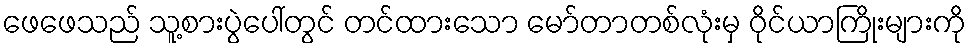
ဖေဖေသည် သူ့စားပွဲပေါ်တွင် တင်ထားသော မော်တာတစ်လုံးမှ ဝိုင်ယာကြိုးများကို